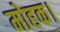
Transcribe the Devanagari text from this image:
मोहक।